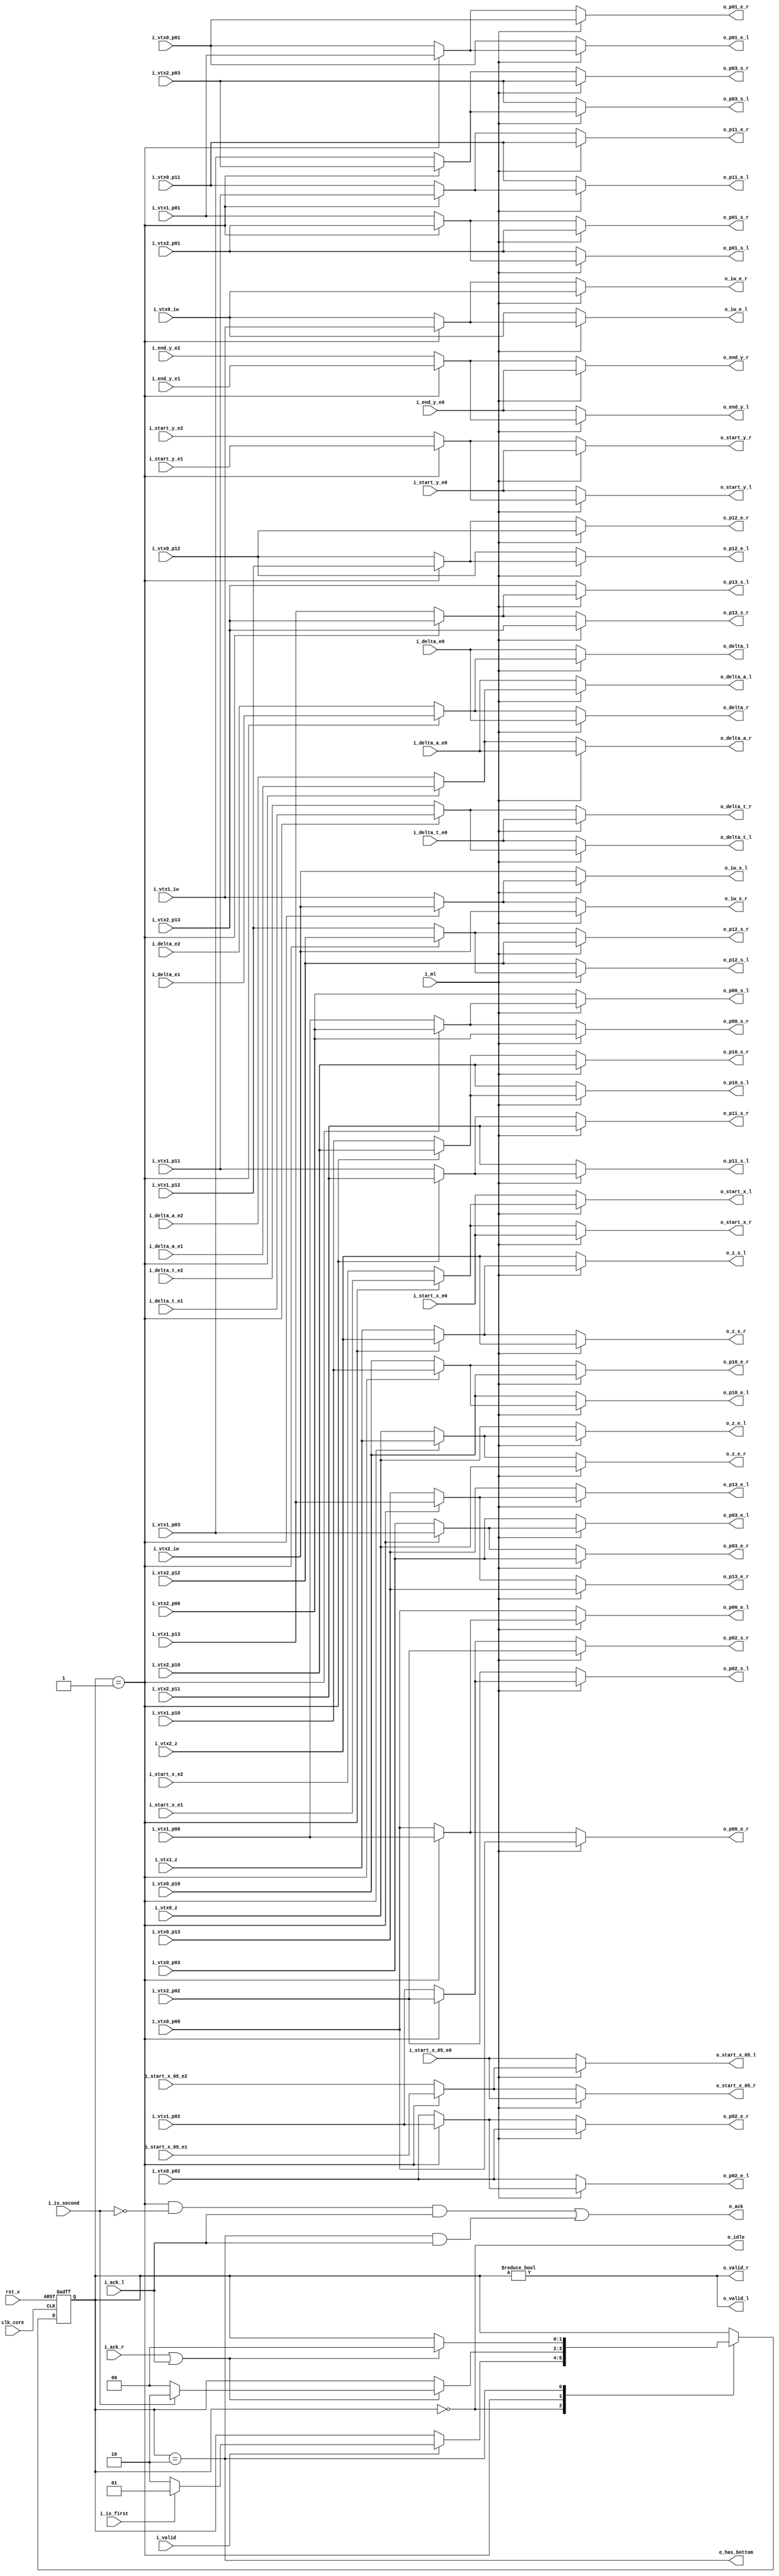
module fm_3d_ru_outline_edge_ctrl (
    clk_core,
    rst_x,
    // outline parameters
    i_valid,
    i_ml,
    i_is_first,
    i_is_second,
    // idle state indicator
    o_idle,
    //   edge0
    i_start_x_e0,
    i_start_x_05_e0,
    i_start_y_e0,
    i_end_y_e0,
    i_delta_e0,
    i_delta_t_e0,
    i_delta_a_e0,
    //   edge1
    i_start_x_e1,
    i_start_x_05_e1,
    i_start_y_e1,
    i_end_y_e1,
    i_delta_e1,
    i_delta_t_e1,
    i_delta_a_e1,
    //   edge2
    i_start_x_e2,
    i_start_x_05_e2,
    i_start_y_e2,
    i_end_y_e2,
    i_delta_e2,
    i_delta_t_e2,
    i_delta_a_e2,
    o_ack,
    // triangle data
    i_vtx0_z,
    i_vtx0_iw,
    i_vtx0_p00,
    i_vtx0_p01,
    i_vtx0_p02,
    i_vtx0_p03,
    i_vtx0_p10,
    i_vtx0_p11,
`ifdef VTX_PARAM1_REDUCE
`else
    i_vtx0_p12,
    i_vtx0_p13,
`endif
    i_vtx1_z,
    i_vtx1_iw,
    i_vtx1_p00,
    i_vtx1_p01,
    i_vtx1_p02,
    i_vtx1_p03,
    i_vtx1_p10,
    i_vtx1_p11,
`ifdef VTX_PARAM1_REDUCE
`else
    i_vtx1_p12,
    i_vtx1_p13,
`endif
    i_vtx2_z,
    i_vtx2_iw,
    i_vtx2_p00,
    i_vtx2_p01,
    i_vtx2_p02,
    i_vtx2_p03,
    i_vtx2_p10,
    i_vtx2_p11,
`ifdef VTX_PARAM1_REDUCE
`else
    i_vtx2_p12,
    i_vtx2_p13,
`endif
    // control flag
    o_has_bottom,
    // left edge data out
    o_valid_l,
    o_start_x_l,
    o_start_x_05_l,
    o_start_y_l,
    o_end_y_l,
    o_delta_l,
    o_delta_t_l,
    o_delta_a_l,
    i_ack_l,
    // left vertex parameters
    o_z_s_l,
    o_iw_s_l,
    o_p00_s_l,
    o_p01_s_l,
    o_p02_s_l,
    o_p03_s_l,
    o_p10_s_l,
    o_p11_s_l,
`ifdef VTX_PARAM1_REDUCE
`else
    o_p12_s_l,
    o_p13_s_l,
`endif
    o_z_e_l,
    o_iw_e_l,
    o_p00_e_l,
    o_p01_e_l,
    o_p02_e_l,
    o_p03_e_l,
    o_p10_e_l,
    o_p11_e_l,
`ifdef VTX_PARAM1_REDUCE
`else
    o_p12_e_l,
    o_p13_e_l,
`endif
    // right edge data out
    o_valid_r,
    o_start_x_r,
    o_start_x_05_r,
    o_start_y_r,
    o_end_y_r,
    o_delta_r,
    o_delta_t_r,
    o_delta_a_r,
    i_ack_r,
    // right vertex parameters
    o_z_s_r,
    o_iw_s_r,
    o_p00_s_r,
    o_p01_s_r,
    o_p02_s_r,
    o_p03_s_r,
    o_p10_s_r,
    o_p11_s_r,
`ifdef VTX_PARAM1_REDUCE
`else
    o_p12_s_r,
    o_p13_s_r,
`endif
    o_z_e_r,
    o_iw_e_r,
    o_p00_e_r,
    o_p01_e_r,
    o_p02_e_r,
    o_p03_e_r,
    o_p10_e_r,
    o_p11_e_r
`ifdef VTX_PARAM1_REDUCE
`else
    ,o_p12_e_r,
    o_p13_e_r
`endif
);

////////////////////////////
// parameter
////////////////////////////
    parameter P_IDLE       = 2'b00;
    parameter P_FIRST_TRI  = 2'b01;
    parameter P_SECOND_TRI = 2'b10;
////////////////////////////
// I/O definition
////////////////////////////
    input         clk_core;
    input         rst_x;
    // outline parameters
    input         i_valid;
    input         i_ml;
    input         i_is_first;
    input         i_is_second;
    // idle state indicator
    output        o_idle;
    //   edge0
    input  [20:0] i_start_x_e0;
    input  [20:0] i_start_x_05_e0;
    input  [20:0] i_start_y_e0;
    input  [20:0] i_end_y_e0;
    input  [21:0] i_delta_e0;
    input  [21:0] i_delta_t_e0;
    input  [21:0] i_delta_a_e0;
    //   edge1
    input  [20:0] i_start_x_e1;
    input  [20:0] i_start_x_05_e1;
    input  [20:0] i_start_y_e1;
    input  [20:0] i_end_y_e1;
    input  [21:0] i_delta_e1;
    input  [21:0] i_delta_t_e1;
    input  [21:0] i_delta_a_e1;
    //   edge2
    input  [20:0] i_start_x_e2;
    input  [20:0] i_start_x_05_e2;
    input  [20:0] i_start_y_e2;
    input  [20:0] i_end_y_e2;
    input  [21:0] i_delta_e2;
    input  [21:0] i_delta_t_e2;
    input  [21:0] i_delta_a_e2;
    output        o_ack;
    // triangle data
    input  [20:0] i_vtx0_z;
    input  [20:0] i_vtx0_iw;
    input  [20:0] i_vtx0_p00;
    input  [20:0] i_vtx0_p01;
    input  [20:0] i_vtx0_p02;
    input  [20:0] i_vtx0_p03;
    input  [20:0] i_vtx0_p10;
    input  [20:0] i_vtx0_p11;
`ifdef VTX_PARAM1_REDUCE
`else
    input  [20:0] i_vtx0_p12;
    input  [20:0] i_vtx0_p13;
`endif
    input  [20:0] i_vtx1_z;
    input  [20:0] i_vtx1_iw;
    input  [20:0] i_vtx1_p00;
    input  [20:0] i_vtx1_p01;
    input  [20:0] i_vtx1_p02;
    input  [20:0] i_vtx1_p03;
    input  [20:0] i_vtx1_p10;
    input  [20:0] i_vtx1_p11;
`ifdef VTX_PARAM1_REDUCE
`else
    input  [20:0] i_vtx1_p12;
    input  [20:0] i_vtx1_p13;
`endif
    input  [20:0] i_vtx2_z;
    input  [20:0] i_vtx2_iw;
    input  [20:0] i_vtx2_p00;
    input  [20:0] i_vtx2_p01;
    input  [20:0] i_vtx2_p02;
    input  [20:0] i_vtx2_p03;
    input  [20:0] i_vtx2_p10;
    input  [20:0] i_vtx2_p11;
`ifdef VTX_PARAM1_REDUCE
`else
    input  [20:0] i_vtx2_p12;
    input  [20:0] i_vtx2_p13;
`endif
    // control flag
    output        o_has_bottom;
    // left edge data out
    output        o_valid_l;
    output [20:0] o_start_x_l;
    output [20:0] o_start_x_05_l;
    output [20:0] o_start_y_l;
    output [20:0] o_end_y_l;
    output [21:0] o_delta_l;
    output [21:0] o_delta_t_l;
    output [21:0] o_delta_a_l;
    input         i_ack_l;
    // left vertex parameters
    output [20:0] o_z_s_l;
    output [20:0] o_iw_s_l;
    output [20:0] o_p00_s_l;
    output [20:0] o_p01_s_l;
    output [20:0] o_p02_s_l;
    output [20:0] o_p03_s_l;
    output [20:0] o_p10_s_l;
    output [20:0] o_p11_s_l;
`ifdef VTX_PARAM1_REDUCE
`else
    output [20:0] o_p12_s_l;
    output [20:0] o_p13_s_l;
`endif
    output [20:0] o_z_e_l;
    output [20:0] o_iw_e_l;
    output [20:0] o_p00_e_l;
    output [20:0] o_p01_e_l;
    output [20:0] o_p02_e_l;
    output [20:0] o_p03_e_l;
    output [20:0] o_p10_e_l;
    output [20:0] o_p11_e_l;
`ifdef VTX_PARAM1_REDUCE
`else
    output [20:0] o_p12_e_l;
    output [20:0] o_p13_e_l;
`endif
    // right edge data out
    output        o_valid_r;
    output [20:0] o_start_x_r;
    output [20:0] o_start_x_05_r;
    output [20:0] o_start_y_r;
    output [20:0] o_end_y_r;
    output [21:0] o_delta_r;
    output [21:0] o_delta_t_r;
    output [21:0] o_delta_a_r;
    input         i_ack_r;
    // righr vertex parameters
    output [20:0] o_z_s_r;
    output [20:0] o_iw_s_r;
    output [20:0] o_p00_s_r;
    output [20:0] o_p01_s_r;
    output [20:0] o_p02_s_r;
    output [20:0] o_p03_s_r;
    output [20:0] o_p10_s_r;
    output [20:0] o_p11_s_r;
`ifdef VTX_PARAM1_REDUCE
`else
    output [20:0] o_p12_s_r;
    output [20:0] o_p13_s_r;
`endif
    output [20:0] o_z_e_r;
    output [20:0] o_iw_e_r;
    output [20:0] o_p00_e_r;
    output [20:0] o_p01_e_r;
    output [20:0] o_p02_e_r;
    output [20:0] o_p03_e_r;
    output [20:0] o_p10_e_r;
    output [20:0] o_p11_e_r;
`ifdef VTX_PARAM1_REDUCE
`else
    output [20:0] o_p12_e_r;
    output [20:0] o_p13_e_r;
`endif

////////////////////////////
// reg
////////////////////////////
    reg    [1:0] r_state;
////////////////////////////
// wire
////////////////////////////
    wire   [20:0] w_start_x_fs;
    wire   [20:0] w_start_x_05_fs;
    wire   [20:0] w_start_y_fs;
    wire   [20:0] w_end_y_fs;
    wire   [21:0] w_delta_fs;
    wire   [21:0] w_delta_t_fs;
    wire   [21:0] w_delta_a_fs;
    wire   [20:0] w_z_s_fs;
    wire   [20:0] w_iw_s_fs;
    wire   [20:0] w_p00_s_fs;
    wire   [20:0] w_p01_s_fs;
    wire   [20:0] w_p02_s_fs;
    wire   [20:0] w_p03_s_fs;
    wire   [20:0] w_p10_s_fs;
    wire   [20:0] w_p11_s_fs;
`ifdef VTX_PARAM1_REDUCE
`else
    wire   [20:0] w_p12_s_fs;
    wire   [20:0] w_p13_s_fs;
`endif
    wire   [20:0] w_z_e_fs;
    wire   [20:0] w_iw_e_fs;
    wire   [20:0] w_p00_e_fs;
    wire   [20:0] w_p01_e_fs;
    wire   [20:0] w_p02_e_fs;
    wire   [20:0] w_p03_e_fs;
    wire   [20:0] w_p10_e_fs;
    wire   [20:0] w_p11_e_fs;
`ifdef VTX_PARAM1_REDUCE
`else
    wire   [20:0] w_p12_e_fs;
    wire   [20:0] w_p13_e_fs;
`endif

////////////////////////////
// assign
////////////////////////////
    // first/second selection
    assign w_start_x_fs = (r_state == P_FIRST_TRI) ? i_start_x_e1 : i_start_x_e2;
    assign w_start_x_05_fs = (r_state == P_FIRST_TRI) ? i_start_x_05_e1 : i_start_x_05_e2;
    assign w_start_y_fs = (r_state == P_FIRST_TRI) ? i_start_y_e1 : i_start_y_e2;
    assign w_end_y_fs = (r_state == P_FIRST_TRI) ? i_end_y_e1 : i_end_y_e2;
    assign w_delta_fs = (r_state == P_FIRST_TRI) ? i_delta_e1 : i_delta_e2;
    assign w_delta_t_fs = (r_state == P_FIRST_TRI) ? i_delta_t_e1 : i_delta_t_e2;
    assign w_delta_a_fs = (r_state == P_FIRST_TRI) ? i_delta_a_e1 : i_delta_a_e2;
    assign w_z_s_fs = (r_state == P_FIRST_TRI) ? i_vtx2_z : i_vtx1_z;
    assign w_iw_s_fs = (r_state == P_FIRST_TRI) ? i_vtx2_iw : i_vtx1_iw;
    assign w_p00_s_fs = (r_state == P_FIRST_TRI) ? i_vtx2_p00 : i_vtx1_p00;
    assign w_p01_s_fs = (r_state == P_FIRST_TRI) ? i_vtx2_p01 : i_vtx1_p01;
    assign w_p02_s_fs = (r_state == P_FIRST_TRI) ? i_vtx2_p02 : i_vtx1_p02;
    assign w_p03_s_fs = (r_state == P_FIRST_TRI) ? i_vtx2_p03 : i_vtx1_p03;
    assign w_p10_s_fs = (r_state == P_FIRST_TRI) ? i_vtx2_p10 : i_vtx1_p10;
    assign w_p11_s_fs = (r_state == P_FIRST_TRI) ? i_vtx2_p11 : i_vtx1_p11;
`ifdef VTX_PARAM1_REDUCE
`else
    assign w_p12_s_fs = (r_state == P_FIRST_TRI) ? i_vtx2_p12 : i_vtx1_p12;
    assign w_p13_s_fs = (r_state == P_FIRST_TRI) ? i_vtx2_p13 : i_vtx1_p13;
`endif

    assign w_z_e_fs = (r_state == P_FIRST_TRI) ? i_vtx1_z : i_vtx0_z;
    assign w_iw_e_fs = (r_state == P_FIRST_TRI) ? i_vtx1_iw : i_vtx0_iw;
    assign w_p00_e_fs = (r_state == P_FIRST_TRI) ? i_vtx1_p00 : i_vtx0_p00;
    assign w_p01_e_fs = (r_state == P_FIRST_TRI) ? i_vtx1_p01 : i_vtx0_p01;
    assign w_p02_e_fs = (r_state == P_FIRST_TRI) ? i_vtx1_p02 : i_vtx0_p02;
    assign w_p03_e_fs = (r_state == P_FIRST_TRI) ? i_vtx1_p03 : i_vtx0_p03;
    assign w_p10_e_fs = (r_state == P_FIRST_TRI) ? i_vtx1_p10 : i_vtx0_p10;
    assign w_p11_e_fs = (r_state == P_FIRST_TRI) ? i_vtx1_p11 : i_vtx0_p11;
`ifdef VTX_PARAM1_REDUCE
`else
    assign w_p12_e_fs = (r_state == P_FIRST_TRI) ? i_vtx1_p12 : i_vtx0_p12;
    assign w_p13_e_fs = (r_state == P_FIRST_TRI) ? i_vtx1_p13 : i_vtx0_p13;
`endif

    // left edge data out
    assign o_valid_l = (r_state != P_IDLE);

    assign o_start_x_l = (!i_ml)    ? i_start_x_e0 : w_start_x_fs;
    assign o_start_x_05_l = (!i_ml) ? i_start_x_05_e0 : w_start_x_05_fs;
    assign o_start_y_l = (!i_ml)    ? i_start_y_e0 : w_start_y_fs;
    assign o_end_y_l = (!i_ml)      ? i_end_y_e0 : w_end_y_fs;
    assign o_delta_l = (!i_ml)      ? i_delta_e0 : w_delta_fs;
    assign o_delta_t_l = (!i_ml)    ? i_delta_t_e0 : w_delta_t_fs;
    assign o_delta_a_l = (!i_ml)    ? i_delta_a_e0 : w_delta_a_fs;
    // right edge data out
    assign o_valid_r = (r_state != P_IDLE);

    assign o_start_x_r = (i_ml)     ? i_start_x_e0 : w_start_x_fs;
    assign o_start_x_05_r = (i_ml)  ? i_start_x_05_e0 : w_start_x_05_fs;
    assign o_start_y_r = (i_ml)     ? i_start_y_e0 : w_start_y_fs;
    assign o_end_y_r = (i_ml)       ? i_end_y_e0 : w_end_y_fs;
    assign o_delta_r = (i_ml)       ? i_delta_e0 : w_delta_fs;
    assign o_delta_t_r = (i_ml)     ? i_delta_t_e0 : w_delta_t_fs;
    assign o_delta_a_r = (i_ml)     ? i_delta_a_e0 : w_delta_a_fs;

    // left vertex parameters
    assign o_z_s_l =  (!i_ml) ? i_vtx2_z : w_z_s_fs;
    assign o_iw_s_l = (!i_ml) ? i_vtx2_iw : w_iw_s_fs;
    assign o_p00_s_l = (!i_ml) ? i_vtx2_p00 : w_p00_s_fs;
    assign o_p01_s_l = (!i_ml) ? i_vtx2_p01 : w_p01_s_fs;
    assign o_p02_s_l = (!i_ml) ? i_vtx2_p02 : w_p02_s_fs;
    assign o_p03_s_l = (!i_ml) ? i_vtx2_p03 : w_p03_s_fs;
    assign o_p10_s_l = (!i_ml) ? i_vtx2_p10 : w_p10_s_fs;
    assign o_p11_s_l = (!i_ml) ? i_vtx2_p11 : w_p11_s_fs;
`ifdef VTX_PARAM1_REDUCE
`else
    assign o_p12_s_l = (!i_ml) ? i_vtx2_p12 : w_p12_s_fs;
    assign o_p13_s_l = (!i_ml) ? i_vtx2_p13 : w_p13_s_fs;
`endif

    assign o_z_e_l  = (!i_ml) ? i_vtx0_z : w_z_e_fs;
    assign o_iw_e_l = (!i_ml) ? i_vtx0_iw : w_iw_e_fs;
    assign o_p00_e_l = (!i_ml) ? i_vtx0_p00 : w_p00_e_fs;
    assign o_p01_e_l = (!i_ml) ? i_vtx0_p01 : w_p01_e_fs;
    assign o_p02_e_l = (!i_ml) ? i_vtx0_p02 : w_p02_e_fs;
    assign o_p03_e_l = (!i_ml) ? i_vtx0_p03 : w_p03_e_fs;
    assign o_p10_e_l = (!i_ml) ? i_vtx0_p10 : w_p10_e_fs;
    assign o_p11_e_l = (!i_ml) ? i_vtx0_p11 : w_p11_e_fs;
`ifdef VTX_PARAM1_REDUCE
`else
    assign o_p12_e_l = (!i_ml) ? i_vtx0_p12 : w_p12_e_fs;
    assign o_p13_e_l = (!i_ml) ? i_vtx0_p13 : w_p13_e_fs;
`endif

    // right vertex parameters
    assign o_z_s_r  = (i_ml) ? i_vtx2_z : w_z_s_fs;
    assign o_iw_s_r = (i_ml) ? i_vtx2_iw : w_iw_s_fs;
    assign o_p00_s_r = (i_ml) ? i_vtx2_p00 : w_p00_s_fs;
    assign o_p01_s_r = (i_ml) ? i_vtx2_p01 : w_p01_s_fs;
    assign o_p02_s_r = (i_ml) ? i_vtx2_p02 : w_p02_s_fs;
    assign o_p03_s_r = (i_ml) ? i_vtx2_p03 : w_p03_s_fs;
    assign o_p10_s_r = (i_ml) ? i_vtx2_p10 : w_p10_s_fs;
    assign o_p11_s_r = (i_ml) ? i_vtx2_p11 : w_p11_s_fs;
`ifdef VTX_PARAM1_REDUCE
`else
    assign o_p12_s_r = (i_ml) ? i_vtx2_p12 : w_p12_s_fs;
    assign o_p13_s_r = (i_ml) ? i_vtx2_p13 : w_p13_s_fs;
`endif
    assign o_z_e_r  = (i_ml) ? i_vtx0_z : w_z_e_fs;
    assign o_iw_e_r = (i_ml) ? i_vtx0_iw : w_iw_e_fs;
    assign o_p00_e_r = (i_ml) ? i_vtx0_p00 : w_p00_e_fs;
    assign o_p01_e_r = (i_ml) ? i_vtx0_p01 : w_p01_e_fs;
    assign o_p02_e_r = (i_ml) ? i_vtx0_p02 : w_p02_e_fs;
    assign o_p03_e_r = (i_ml) ? i_vtx0_p03 : w_p03_e_fs;
    assign o_p10_e_r = (i_ml) ? i_vtx0_p10 : w_p10_e_fs;
    assign o_p11_e_r = (i_ml) ? i_vtx0_p11 : w_p11_e_fs;
`ifdef VTX_PARAM1_REDUCE
`else
    assign o_p12_e_r = (i_ml) ? i_vtx0_p12 : w_p12_e_fs;
    assign o_p13_e_r = (i_ml) ? i_vtx0_p13 : w_p13_e_fs;
`endif

    assign o_ack = ((r_state == P_FIRST_TRI)&!i_is_second & i_ack_l) |
                   ((r_state == P_SECOND_TRI)& i_ack_l);

    assign o_has_bottom = (r_state == P_SECOND_TRI);
    assign o_idle = (r_state == P_IDLE);

////////////////////////////
// always
////////////////////////////
    always @(posedge clk_core or negedge rst_x) begin
        if (~rst_x) begin
            r_state <= P_IDLE;
        end else begin
            case (r_state)
                P_IDLE: begin
                    if (i_valid) begin
                        if (i_is_first) r_state <= P_FIRST_TRI;
                        else r_state <= P_SECOND_TRI;
                    end
                end
                P_FIRST_TRI: begin
                    if (i_ack_r|i_ack_l) begin
                        if (i_is_second) r_state <= P_SECOND_TRI;
                        else r_state <= P_IDLE;
                    end
                end
                P_SECOND_TRI: begin
                    if (i_ack_r|i_ack_l) r_state <= P_IDLE;
                end
            endcase
        end
    end



endmodule